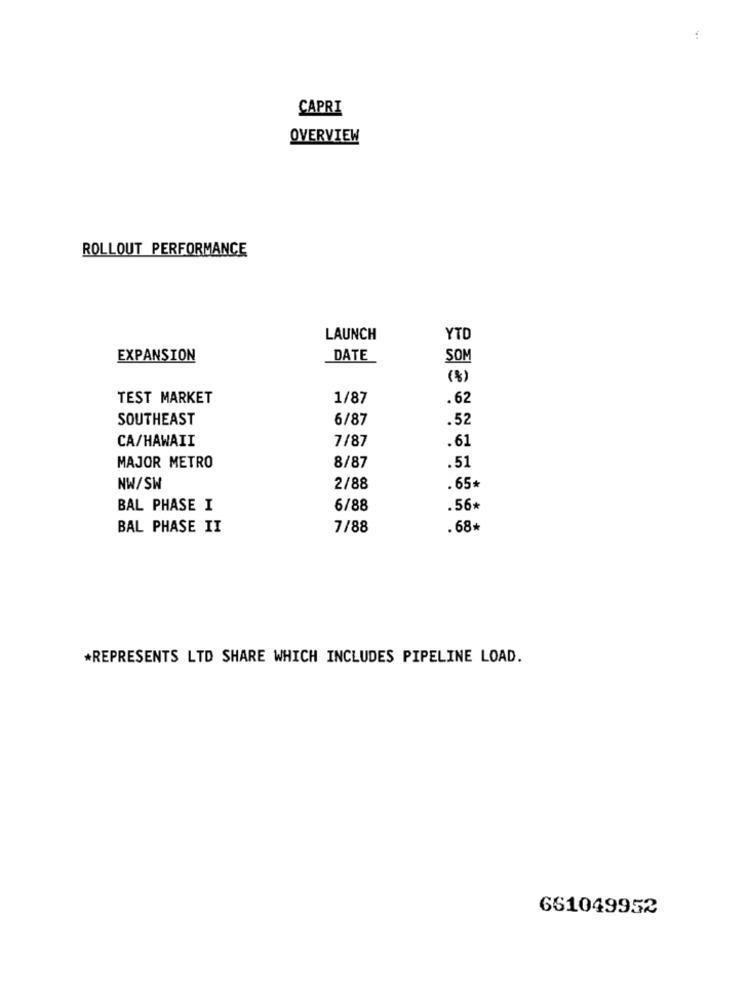
CAPRI
OVERVIEW
ROLLOUT PERFORMANCE
LAUNCH
YTD
EXPANSION
DATE
SO
(%)
TEST MARKET
1/87
.62
SOUTHEAST
6/87
.52
CA/HAWAII
7/87
.61
MAJOR METRO
8/87
.51
NW/SW
2/88
.65*
BAL PHASE I
6/88
.56*
BAL PHASE II
7/88
.68*
*REPRESENTS LTD SHARE WHICH INCLUDES PIPELINE LOAD.
661049952